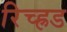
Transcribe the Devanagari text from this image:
रिच्ह्रड